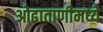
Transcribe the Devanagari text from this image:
ओढाताणीमध्ये